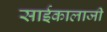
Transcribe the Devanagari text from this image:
साईकालाजी